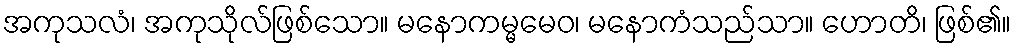
အကုသလံ၊ အကုသိုလ်ဖြစ်သော။ မနောကမ္မမေဝ၊ မနောကံသည်သာ။ ဟောတိ၊ ဖြစ်၏။